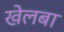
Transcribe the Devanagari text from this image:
खेलबा